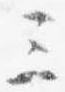
三